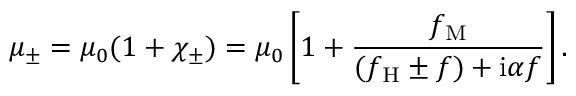
\mu _ { \pm } = \mu _ { 0 } ( 1 + \chi _ { \pm } ) = \mu _ { 0 } \left[ 1 + \frac { f _ { \mathrm { M } } } { ( f _ { \mathrm { H } } \pm f ) + \mathrm { i } \alpha f } \right] .